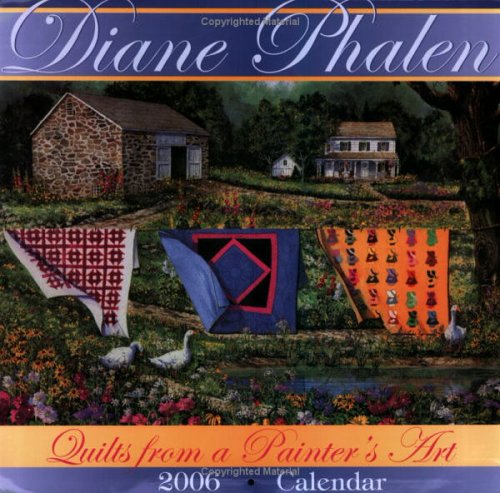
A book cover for Quilts From A Painter's Art 2006 Calendar; Diane Phalen; Calendars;